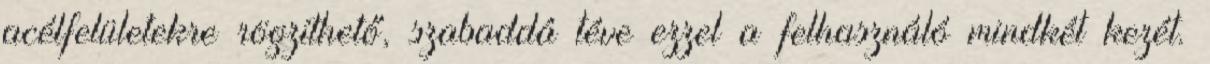
acélfelületekre rögzíthető, szabaddá téve ezzel a felhasználó mindkét kezét.